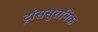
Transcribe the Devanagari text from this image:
ट्रांससुरानिक